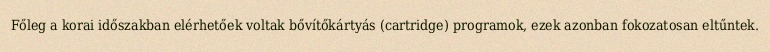
Főleg a korai időszakban elérhetőek voltak bővítőkártyás (cartridge) programok, ezek azonban fokozatosan eltűntek.